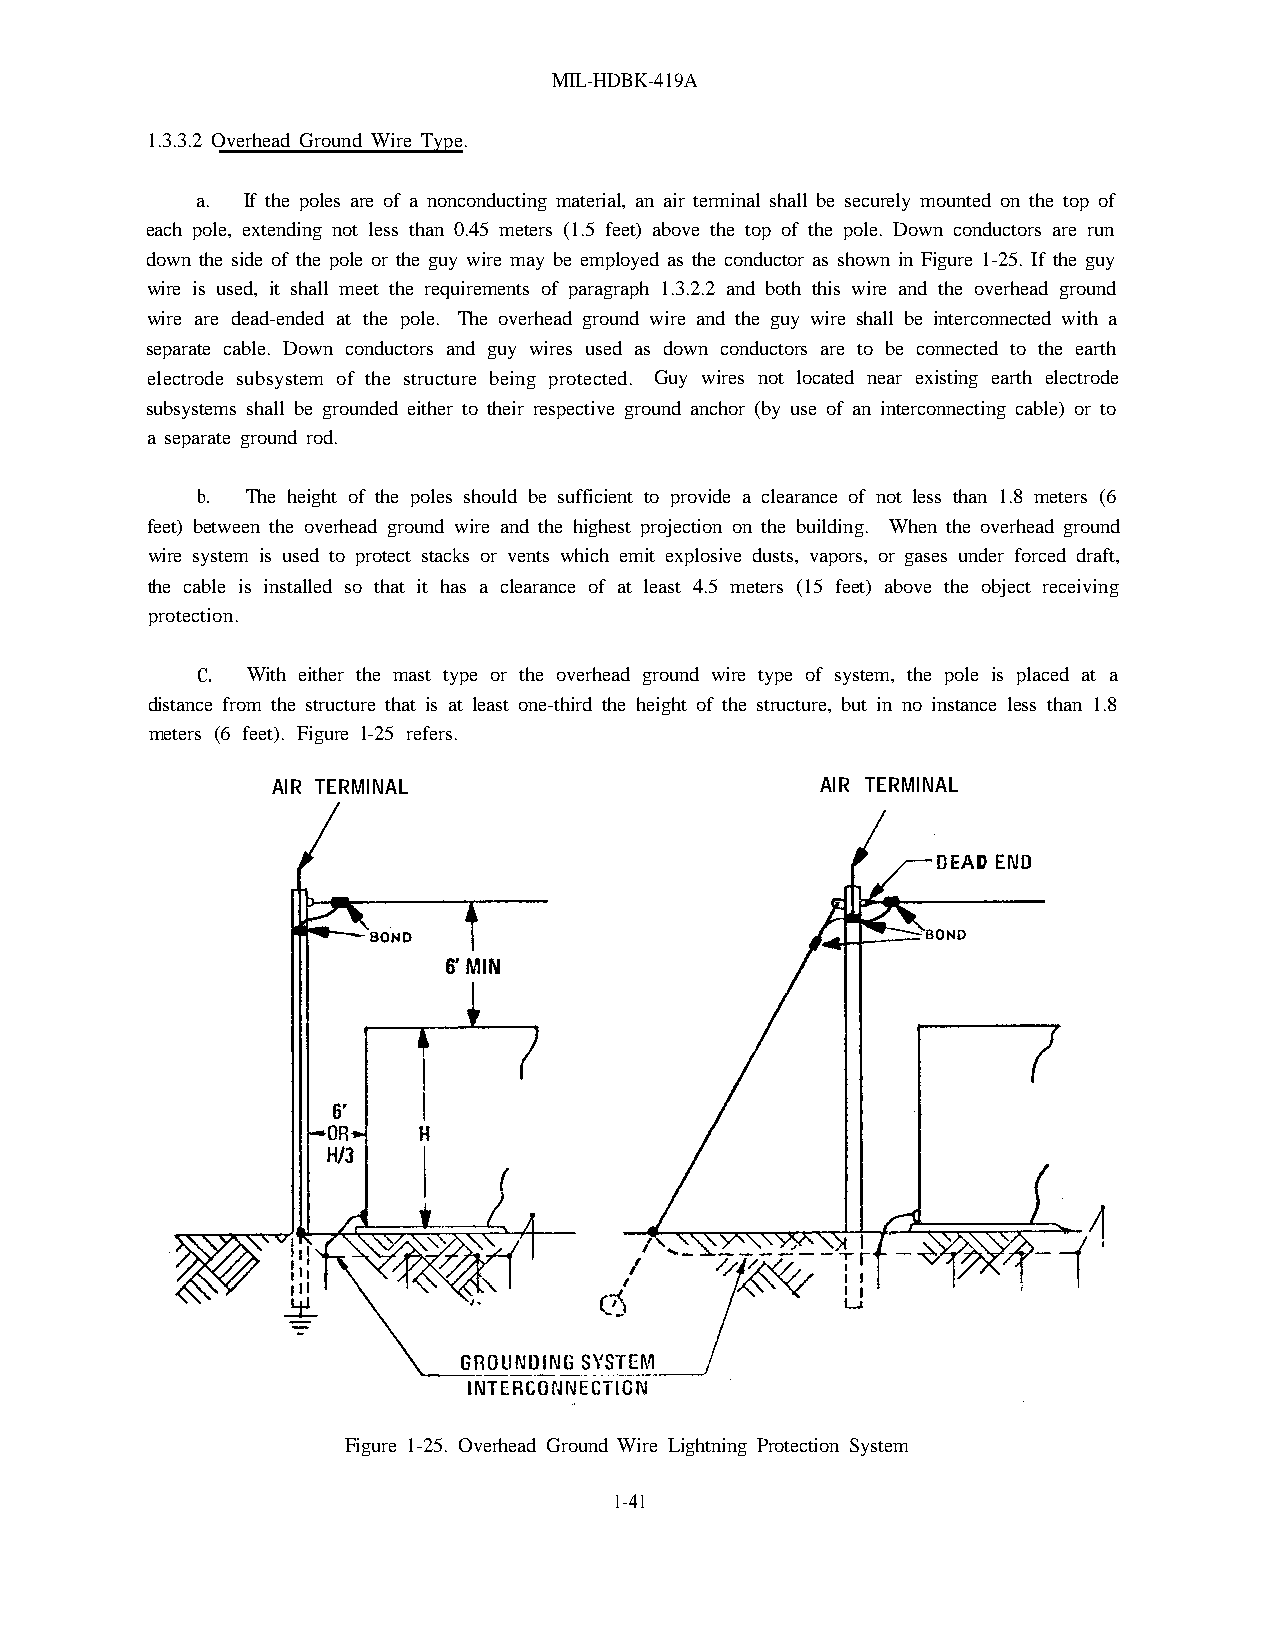
MIL-HDBK-419A
 1.3.3.2 Overhead Ground Wire Type.
 a. If the poles are of a nonconducting material, an air terminal shall be securely mounted on the top of
 each pole, extending not less than 0.45 meters (1.5 feet) above the top of the pole. Down conductors are run
 down the side of the pole or the guy wire may be employed as the conductor as shown in Figure 1-25. If the guy
 wire is used, it shall meet the requirements of paragraph 1.3.2.2 and both this wire and the overhead ground
 wire are dead-ended at the pole. The overhead ground wire and the guy wire shall be interconnected with a
 separate cable. Down conductors and guy wires used as down conductors are to be connected to the earth
 electrode subsystem of the structure being protected. Guy wires not located near existing earth electrode
 subsystems shall be grounded either to their respective ground anchor (by use of an interconnecting cable) or to
 a separate ground rod.
 b. The height of the poles should be sufficient to provide a clearance of not less than 1.8 meters (6
 feet) between the overhead ground wire and the highest projection on the building. When the overhead ground
 wire system is used to protect stacks or vents which emit explosive dusts, vapors, or gases under forced draft,
 the cable is installed so that it has a clearance of at least 4.5 meters (15 feet) above the object receiving
 protection.
 C. With either the mast type or the overhead ground wire type of system, the pole is placed at a
 distance from the structure that is at least one-third the height of the structure, but in no instance less than 1.8
 meters (6 feet). Figure l-25 refers.
 AIR TERMINAL                        AIR TERMINAL
 Figure 1-25. Overhead Ground Wire Lightning Protection System
 1-41